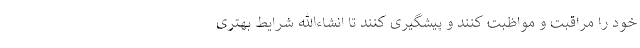
خود را مراقبت و مواظبت کنند و پیشگیری کنند تا انشاءالله شرایط بهتری